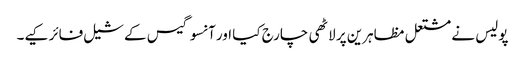
پولیس نے مشتعل مظاہرین پر لاٹھی چارج کیا اور آنسو گیس کے شیل فائر کیے۔